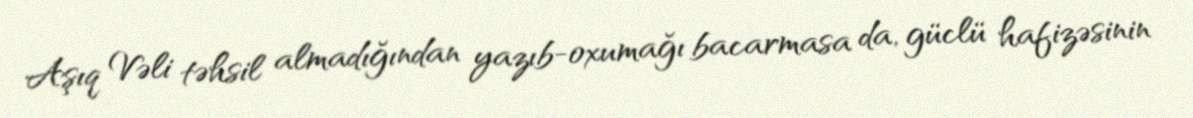
Aşıq Vəli təhsil almadığından yazıb-oxumağı bacarmasa da, güclü hafizəsinin